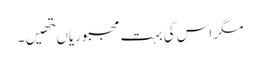
مگر اس کی بہت مجبوریاںتھیں۔